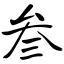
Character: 叁